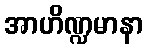
အာဟိဏ္ဍမာနာ